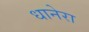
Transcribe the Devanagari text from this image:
धानेरा